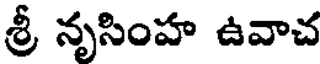
శ్రీ నృసింహ ఉవాచ